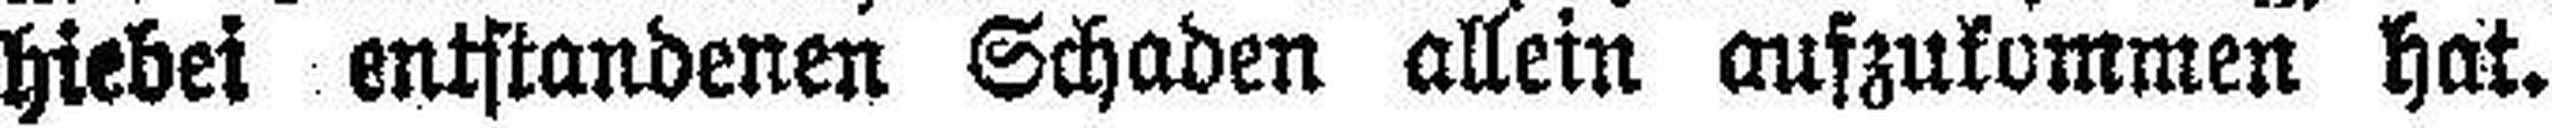
hiebei entstandenen Schaden allein auszukommen hat.